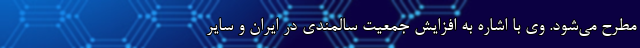
مطرح می‌شود. وی با اشاره به افزایش جمعیت سالمندی در ایران و سایر